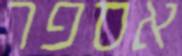
אספר